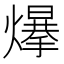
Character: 𤐲